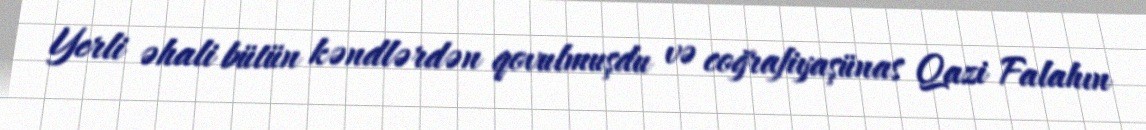
Yerli əhali bütün kəndlərdən qovulmuşdu və coğrafiyaşünas Qazi Falahın